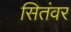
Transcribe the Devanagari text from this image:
सितंवर